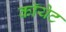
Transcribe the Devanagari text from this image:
कॉयेट